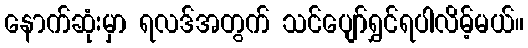
နောက်ဆုံးမှာ ရလဒ်အတွက် သင်ပျော်ရွှင်ရပါလိမ့်မယ်။